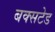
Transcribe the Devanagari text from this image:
बक्सटेड